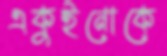
একুইনোকে